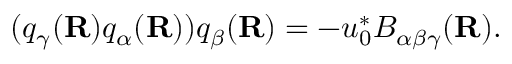
( q _ { \gamma } ( { \bf R } ) q _ { \alpha } ( { \bf R } ) ) q _ { \beta } ( { \bf R } ) = - u _ { 0 } ^ { * } B _ { \alpha \beta \gamma } ( { \bf R } ) .